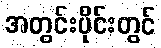
အတွင်းပိုင်းတွင်